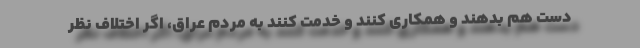
دست هم بدهند و همکاری کنند و خدمت کنند به مردم عراق، اگر اختلاف نظر